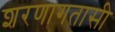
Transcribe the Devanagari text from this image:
शरणागतासी